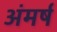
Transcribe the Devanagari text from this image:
अंमर्ष